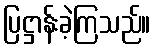
ပြဋ္ဌာန်းခဲ့ကြသည်။